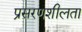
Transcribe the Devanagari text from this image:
प्रसरणशीलता